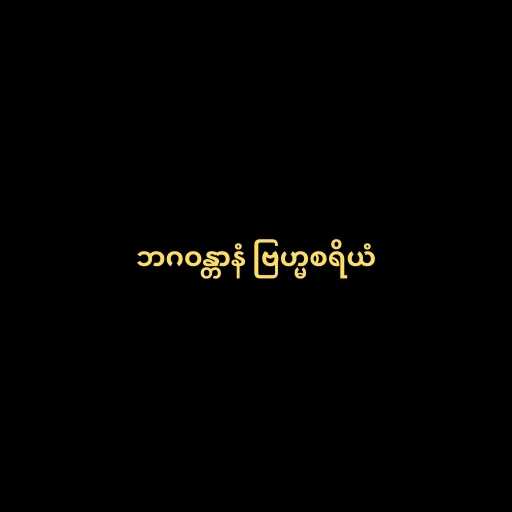
ဘဂဝန္တာနံ ဗြဟ္မစရိယံ